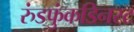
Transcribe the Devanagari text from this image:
रुंडफुंकडिनस्ट